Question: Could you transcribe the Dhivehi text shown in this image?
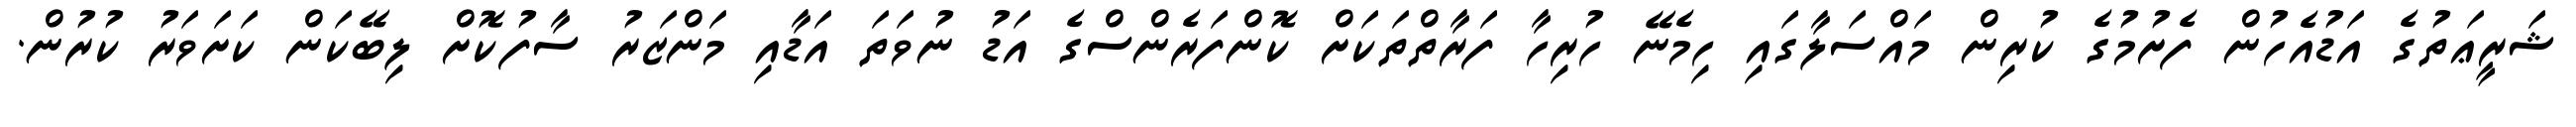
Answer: ޝަރީޢަތުގެ އަޑުއެހުން ފެށުމުގެ ކުރިން މައްސަލާގައި ހިމެނޭ ހުރިހާ ފަރާތްތަކަށް ކޮންފަރެންސްގެ އަޑު ނުވަތަ އަޑާއި މަންޒަރު ސާފުކޮށް ލިބޭކަން ކަށަވަރު ކުރުން.